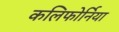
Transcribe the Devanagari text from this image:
कलिफोर्निया